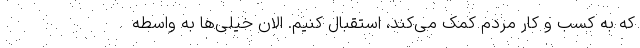
که به کسب و کار مردم کمک می‌کند، استقبال کنیم. الان خیلی‌ها به واسطه